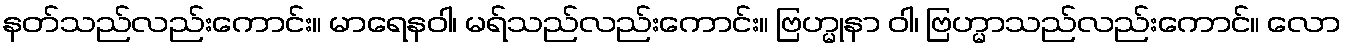
နတ်သည်လည်းကောင်း။ မာရေနဝါ၊ မရ်သည်လည်းကောင်း။ ဗြဟ္မုနာ ဝါ၊ ဗြဟ္မာသည်လည်းကောင်။ လော